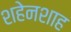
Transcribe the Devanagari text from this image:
शहेनशाह